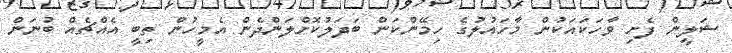
ޝަލީން ފެށި ވާހަކައަކުން މާހައުލުގެ ހިމޭންކަން ބަދަލުކޮށްލަންދެން އެމީހުން ތިބީ އެއްޗެއް ބުނަން